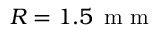
R = 1 . 5 \, \mathrm { ~ m ~ m ~ }